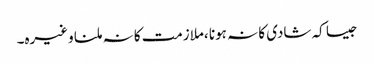
جیسا کہ شادی کا نہ ہونا ،ملازمت کا نہ ملنا وغیرہ۔